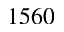
1 5 6 0